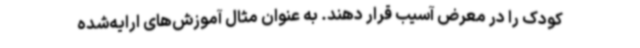
کودک را در معرض آسیب قرار دهند. به عنوان مثال آموزش‌های ارایه‌شده